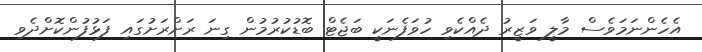
އެހެންނަމަވެސް މާލީ ވަޒީރު ދެއްކެވި ހުވަފެނަކީ ބަޖެޓް ބޮޑުކުރުމުން ގިނަ ރަށްރަށުގައި ފަޅުފުންކޮށްދެވި